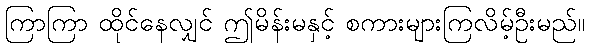
ကြာကြာ ထိုင်နေလျှင် ဤမိန်းမနှင့် စကားများကြလိမ့်ဦးမည်။